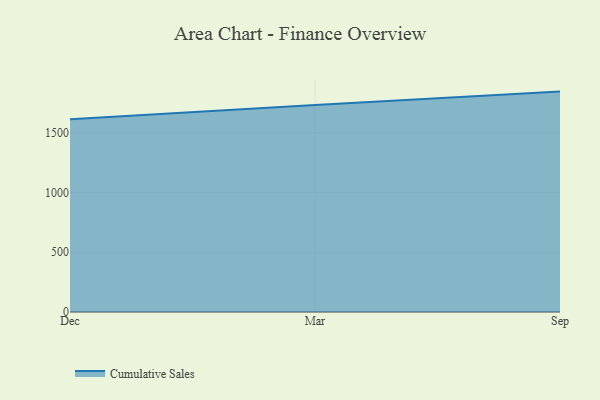
{"axis": {"x": "Month", "y": "Satisfaction Score"}, "legend": ["Cumulative Sales"], "data": [{"x": "Dec", "y": 1610.4, "type": "Cumulative Sales"}, {"x": "Mar", "y": 1731.1, "type": "Cumulative Sales"}, {"x": "Sep", "y": 1842.3, "type": "Cumulative Sales"}]}